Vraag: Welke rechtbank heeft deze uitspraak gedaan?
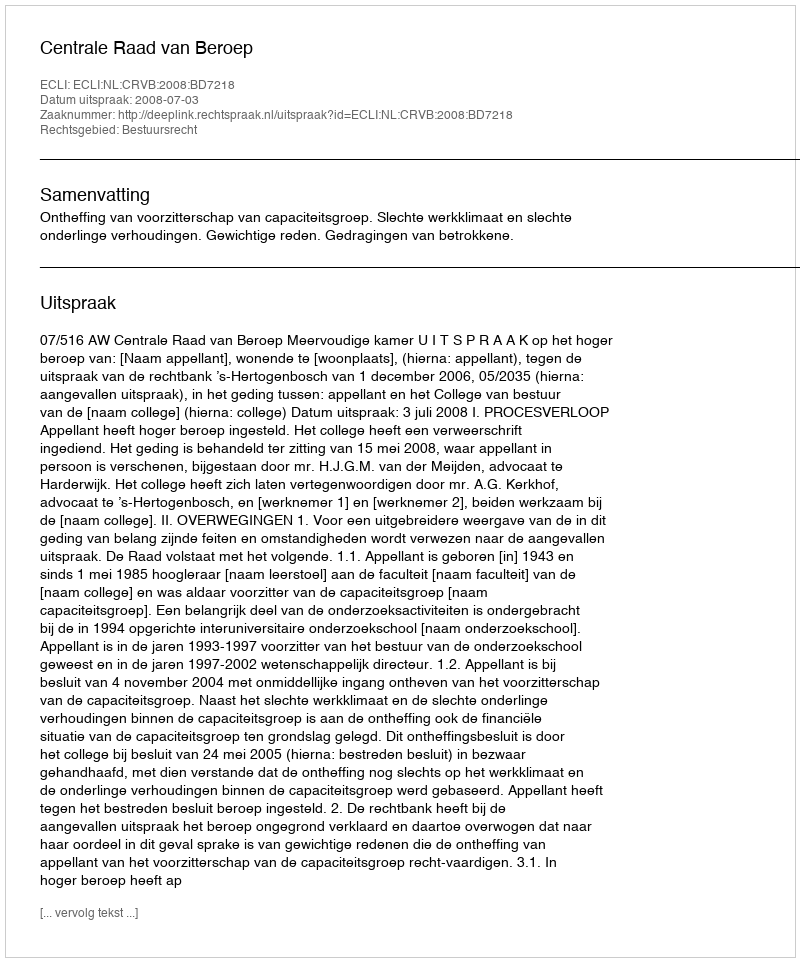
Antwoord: Centrale Raad van Beroep